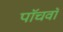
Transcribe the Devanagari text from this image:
पाॅचवाॅ